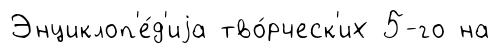
Энциклоп'е́д'иjа тво́рческ'их 5-го на